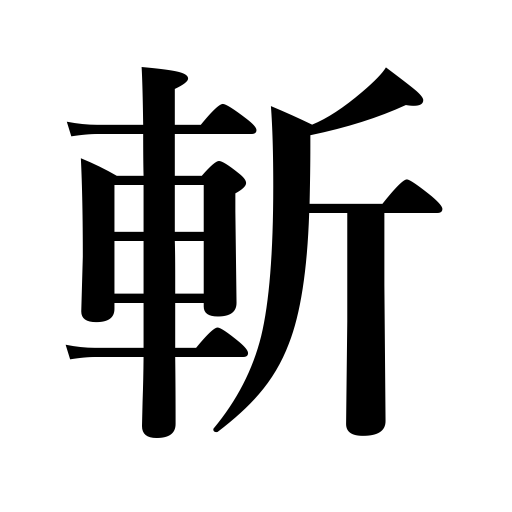
Meanings: beheading,cut,kill